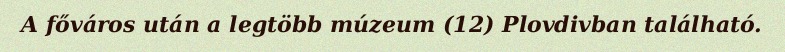
A főváros után a legtöbb múzeum (12) Plovdivban található.